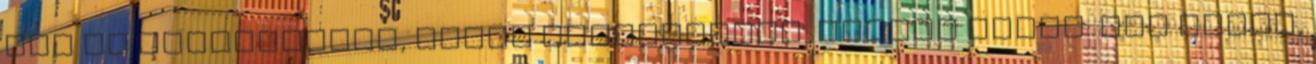
nem én készítettem, hanem szakemberek. Cserti Tibor: Úgy érzem,